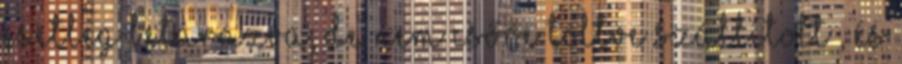
esetleg betárazva, de NEM csőre töltve szállított , és